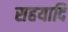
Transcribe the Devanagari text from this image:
सहयादि